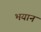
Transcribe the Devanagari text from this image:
भयान